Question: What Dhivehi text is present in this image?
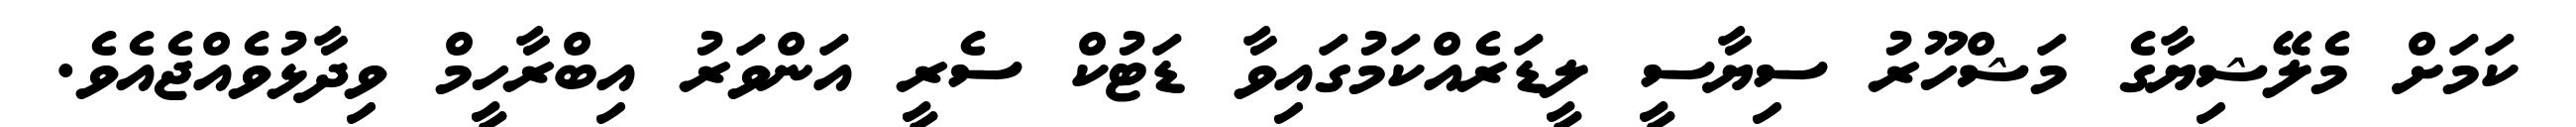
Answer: ކަމަށް މެލޭޝިޔާގެ މަޝްހޫރު ސިޔާސީ ލީޑަރެއްކަމުގައިވާ ޑަޓުކް ސެރީ އަންވަރު އިބްރާހީމް ވިދާޅުވެއްޖެއެވެ.